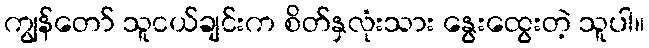
ကျွန်တော် သူငယ်ချင်းက စိတ်နှလုံးသား နွေးထွေးတဲ့ သူပါ။